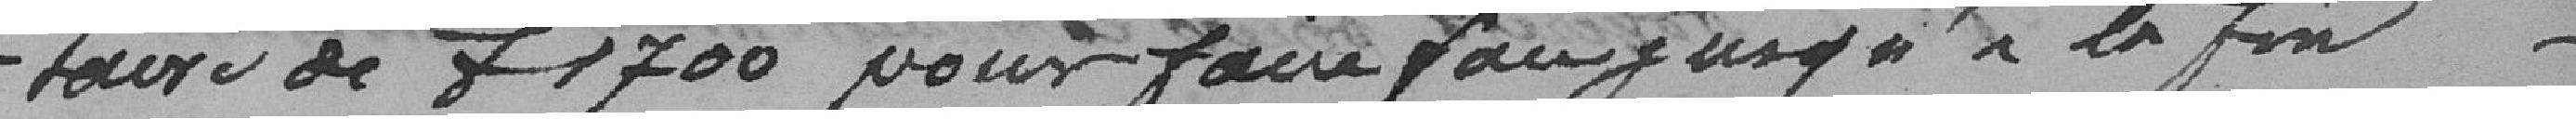
-taire de f 1700 pour faire pour jusqu'à la fin